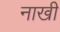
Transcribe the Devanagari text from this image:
नाखी